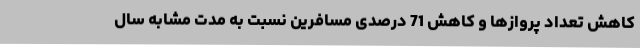
کاهش تعداد پروازها و کاهش 71 درصدی مسافرین نسبت به مدت مشابه سال